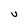
Character: U